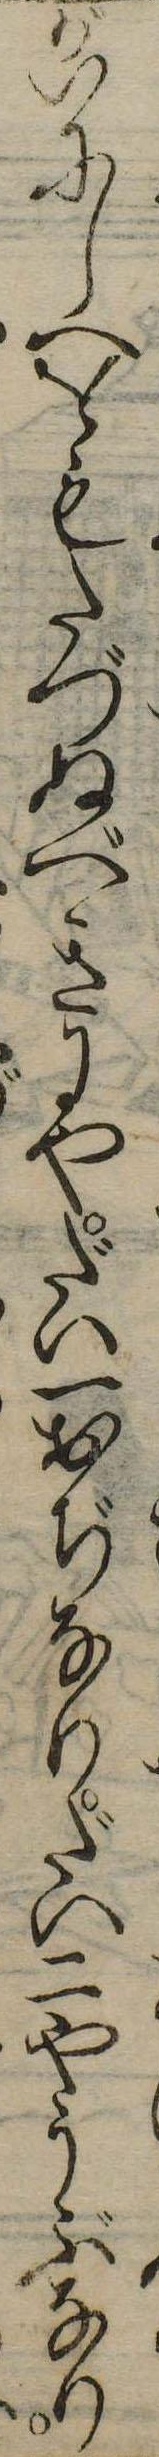
がいにしへをもたづぬべきにやだい一おぢなりだい二やうぶなり